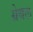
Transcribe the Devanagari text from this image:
ग्रेबल